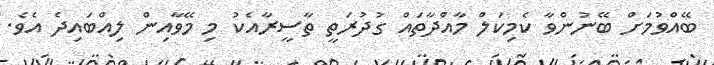
ބޭއްވުމަށް ބޭނުންވާ ކެމިކަލް މާއްދާތައް ގުދުރަތީ ތާސީރާއެކު މި މޭވާއިން ލިއްބައިދެ އެވެ.